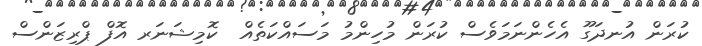
ކުރަން އުނދަގޫ އެހެންނަމަވެސް ކުރަން މުހިންމު މަސައްކަތެއް  ކޮމިޝަނަރ އޮފް ޕްރިޒަންސް